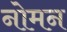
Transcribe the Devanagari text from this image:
नोमन